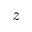
{ z }